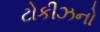
ટોકીઝનો